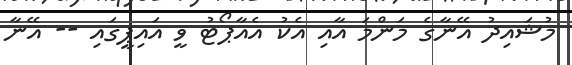
މުޝައިދު އޭނާގެ މަންމަ އާއި އެކު އެއާޕޯޓު ވީ އައިޕީގައި -- އޭނާ